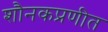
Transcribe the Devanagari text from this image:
शौनकप्रणीत